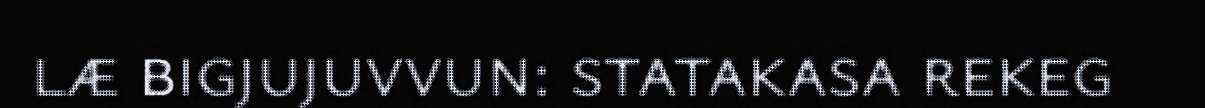
læ bigjujuvvun: statakasa rekeg